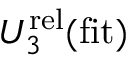
U _ { 3 } ^ { \mathrm { r e l } } ( \mathrm { f i t } )